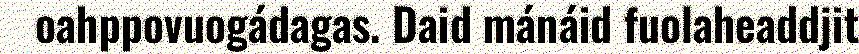
oahppovuogádagas. Daid mánáid fuolaheaddjit